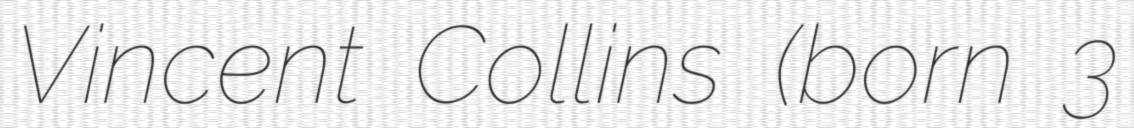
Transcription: Vincent Collins (born 3